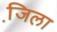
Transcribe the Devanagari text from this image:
जि़ला